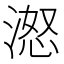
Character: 𪶨